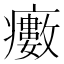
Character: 𤻺